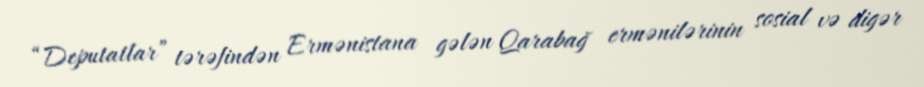
“Deputatlar” tərəfindən Ermənistana gələn Qarabağ ermənilərinin sosial və digər